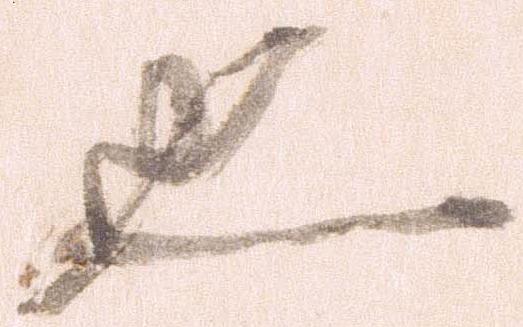
也